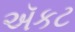
ઍકટ